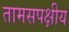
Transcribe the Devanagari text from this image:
तामसपक्षीय